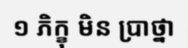
១ ភិក្ខុ មិន ប្រាថ្នា